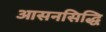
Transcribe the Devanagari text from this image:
आसनसिद्धि